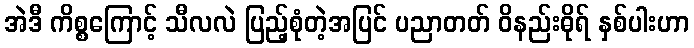
အဲဒီ ကိစ္စကြောင့် သီလလဲ ပြည့်စုံတဲ့အပြင် ပညာတတ် ဝိနည်းဓိုရ် နှစ်ပါးဟာ